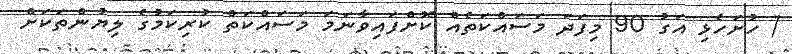
/ ހުށަހެޅި އަގު 90 މިފަދަ މަސައްކަތެއް ކޮށްފައިވާނަމަ މަސައްކަތް ކުރިކަމުގެ ލިޔުންތަކަށް